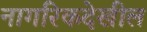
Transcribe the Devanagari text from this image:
नागरिकदेखील